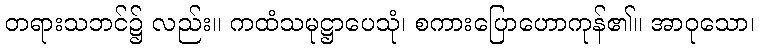
တရားသဘင်၌ လည်း။ ကထံသမုဋ္ဌာပေသုံ၊ စကားပြောဟောကုန်၏။ အာဝုသော၊